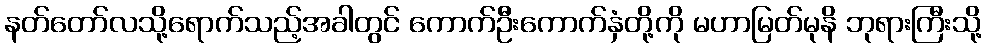
နတ်တော်လသို့ရောက်သည့်အခါတွင် ကောက်ဦးကောက်နှံတို့ကို မဟာမြတ်မုနိ ဘုရားကြီးသို့